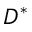
D ^ { * }